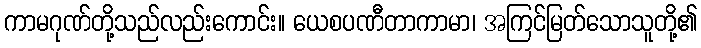
ကာမဂုဏ်တို့သည်လည်းကောင်း။ ယေစပဏီတာကာမာ၊ အကြင်မြတ်သောသူတို့၏